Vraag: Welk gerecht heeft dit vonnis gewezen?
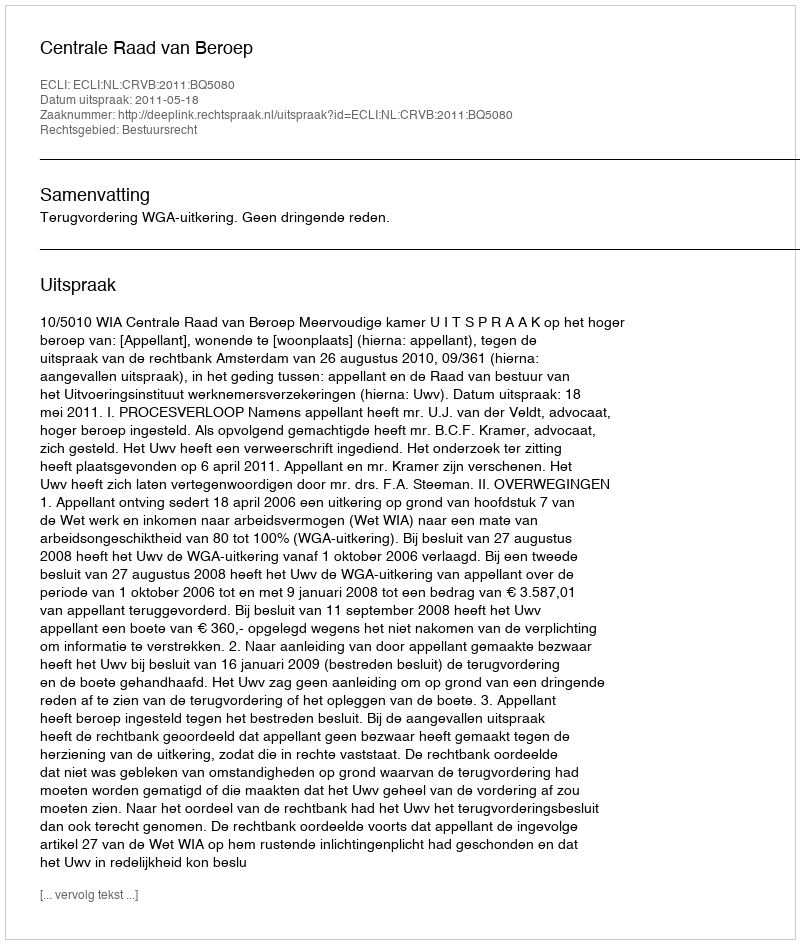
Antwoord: Centrale Raad van Beroep